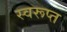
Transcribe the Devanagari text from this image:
स्वरूप्त